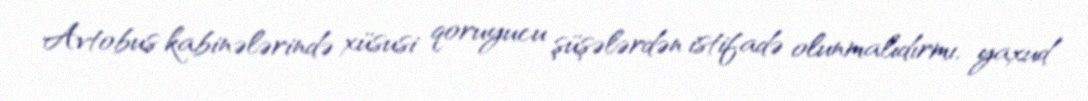
Avtobus kabinələrində xüsusi qoruyucu şüşələrdən istifadə olunmalıdırmı, yaxud